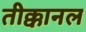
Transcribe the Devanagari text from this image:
तीक्कानल